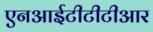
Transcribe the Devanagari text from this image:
एनआईटीटीटीआर